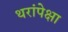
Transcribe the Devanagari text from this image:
थरांपेक्षा